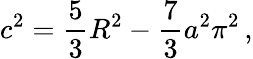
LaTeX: c^{2}=\frac{5}{3}R^{2}-\frac{7}{3}a^{2}\pi^{2}\, ,